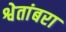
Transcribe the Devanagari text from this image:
श्वेतांबरा